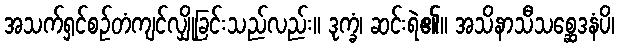
အသက်ရှင်စဉ်တံကျင်လျှိုခြင်းသည်လည်း။ ဒုက္ခံ၊ ဆင်းရဲ၏။ အသိနာသီသစ္ဆေဒနံပိ၊